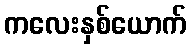
ကလေးနှစ်ယောက်